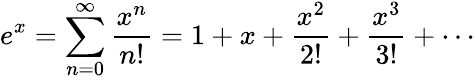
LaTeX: e^{x}=\sum_{n=0}^{\infty}{\frac{x^{n}}{n!}}=1+x+{\frac{x^{2}}{2!}}+{\frac{x^{3}}{3!}}+\cdots